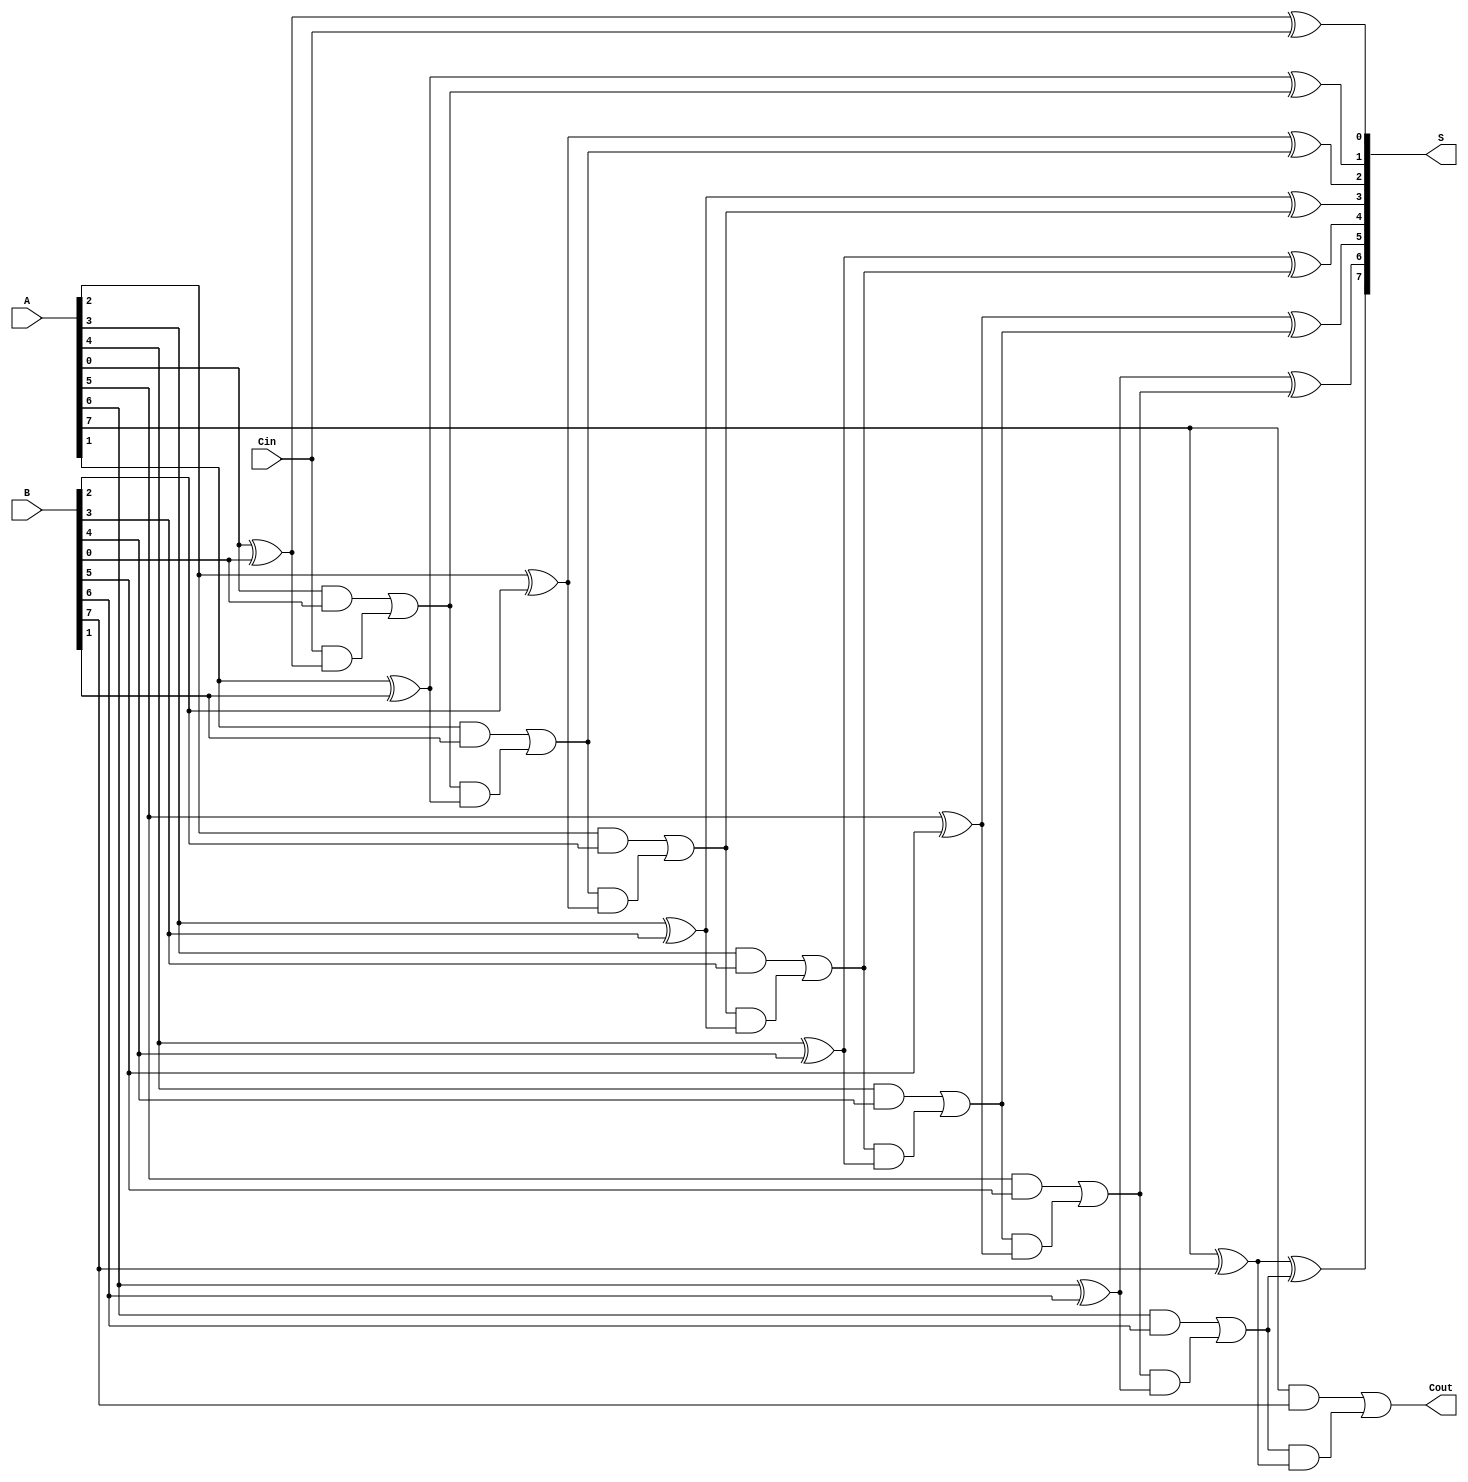
module ManchesterCarryChainAdder #(
    parameter N = 8  // Bit-width of the adder, can be adjusted as needed
)(
    input  wire [N-1:0] A,      // First n-bit input
    input  wire [N-1:0] B,      // Second n-bit input
    input  wire Cin,             // Carry-in signal
    output wire [N-1:0] S,      // n-bit sum output
    output wire Cout             // Carry-out signal
);

    wire [N:0] C;               // Intermediate carry signals

    // Initial carry
    assign C[0] = Cin;

    // Sum and carry generation
    genvar i;
    generate
        for (i = 0; i < N; i = i + 1) begin : carry_chain
            // Calculate sum bit
            assign S[i] = A[i] ^ B[i] ^ C[i];

            // Calculate carry
            assign C[i + 1] = (A[i] & B[i]) | (C[i] & (A[i] ^ B[i]));
        end
    endgenerate

    // Final carry-out
    assign Cout = C[N];

endmodule